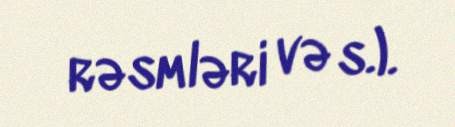
rəsmləri və s.).